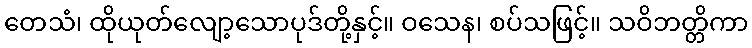
တေသံ၊ ထိုယုတ်လျော့သောပုဒ်တို့နှင့်။ ဝသေန၊ စပ်သဖြင့်။ သဝိဘတ္တိကာ